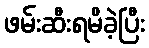
ဖမ်းဆီးရမိခဲ့ပြီး